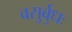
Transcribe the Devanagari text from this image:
वसुर्बुधः